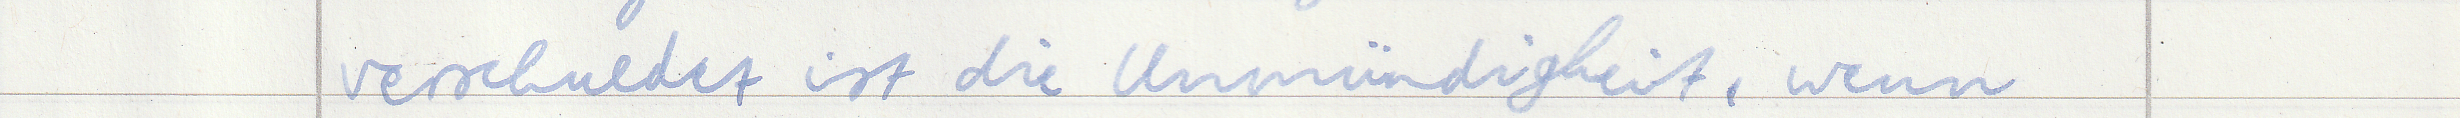
verschuldet ist die Unmündigkeit, wenn